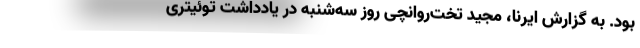
بود. به گزارش ایرنا، مجید تخت‌روانچی روز سه‌شنبه در یادداشت توئیتری